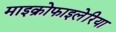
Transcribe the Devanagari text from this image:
माइक्रोफाइलेरिया